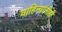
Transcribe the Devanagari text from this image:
वाहिन्यांनीही